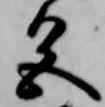
色